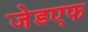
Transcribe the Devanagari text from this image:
जेडएफ